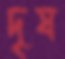
দৃষ